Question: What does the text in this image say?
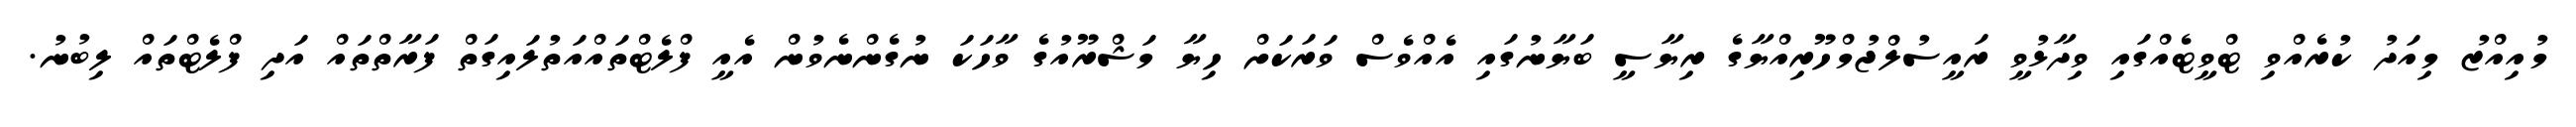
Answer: މުއިއްޒު މިއަދު ކުރެއްވި ޓްވީޓެއްގައި ވިދާޅުވީ ރައީސުލްޖުމްހޫރިއްޔާގެ ރިޔާސީ ބަޔާނުގައި އެއްވެސް ވަރަކަށް ހިޔާ މަޝްރޫއުގެ ވާހަކަ ނުގެންނެވުން އެއީ ފްލެޓްތައްއަތުލައިގަތް ފަރާތްތައް އަދި ފްލެޓްތައް ލިބުނު.